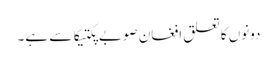
دونوں کا تعلق افغان صوبے پکتیکا سے ہے۔